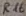
Text: R16